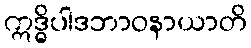
ဣဒ္ဓိပါဒဘာဝနာယာတိ